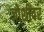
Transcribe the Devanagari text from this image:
जोशींवर